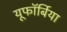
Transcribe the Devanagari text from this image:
यूफॉर्बिया